38_143685_box_Incident_Summaries_101-172
Agency: Department of War
Page 160
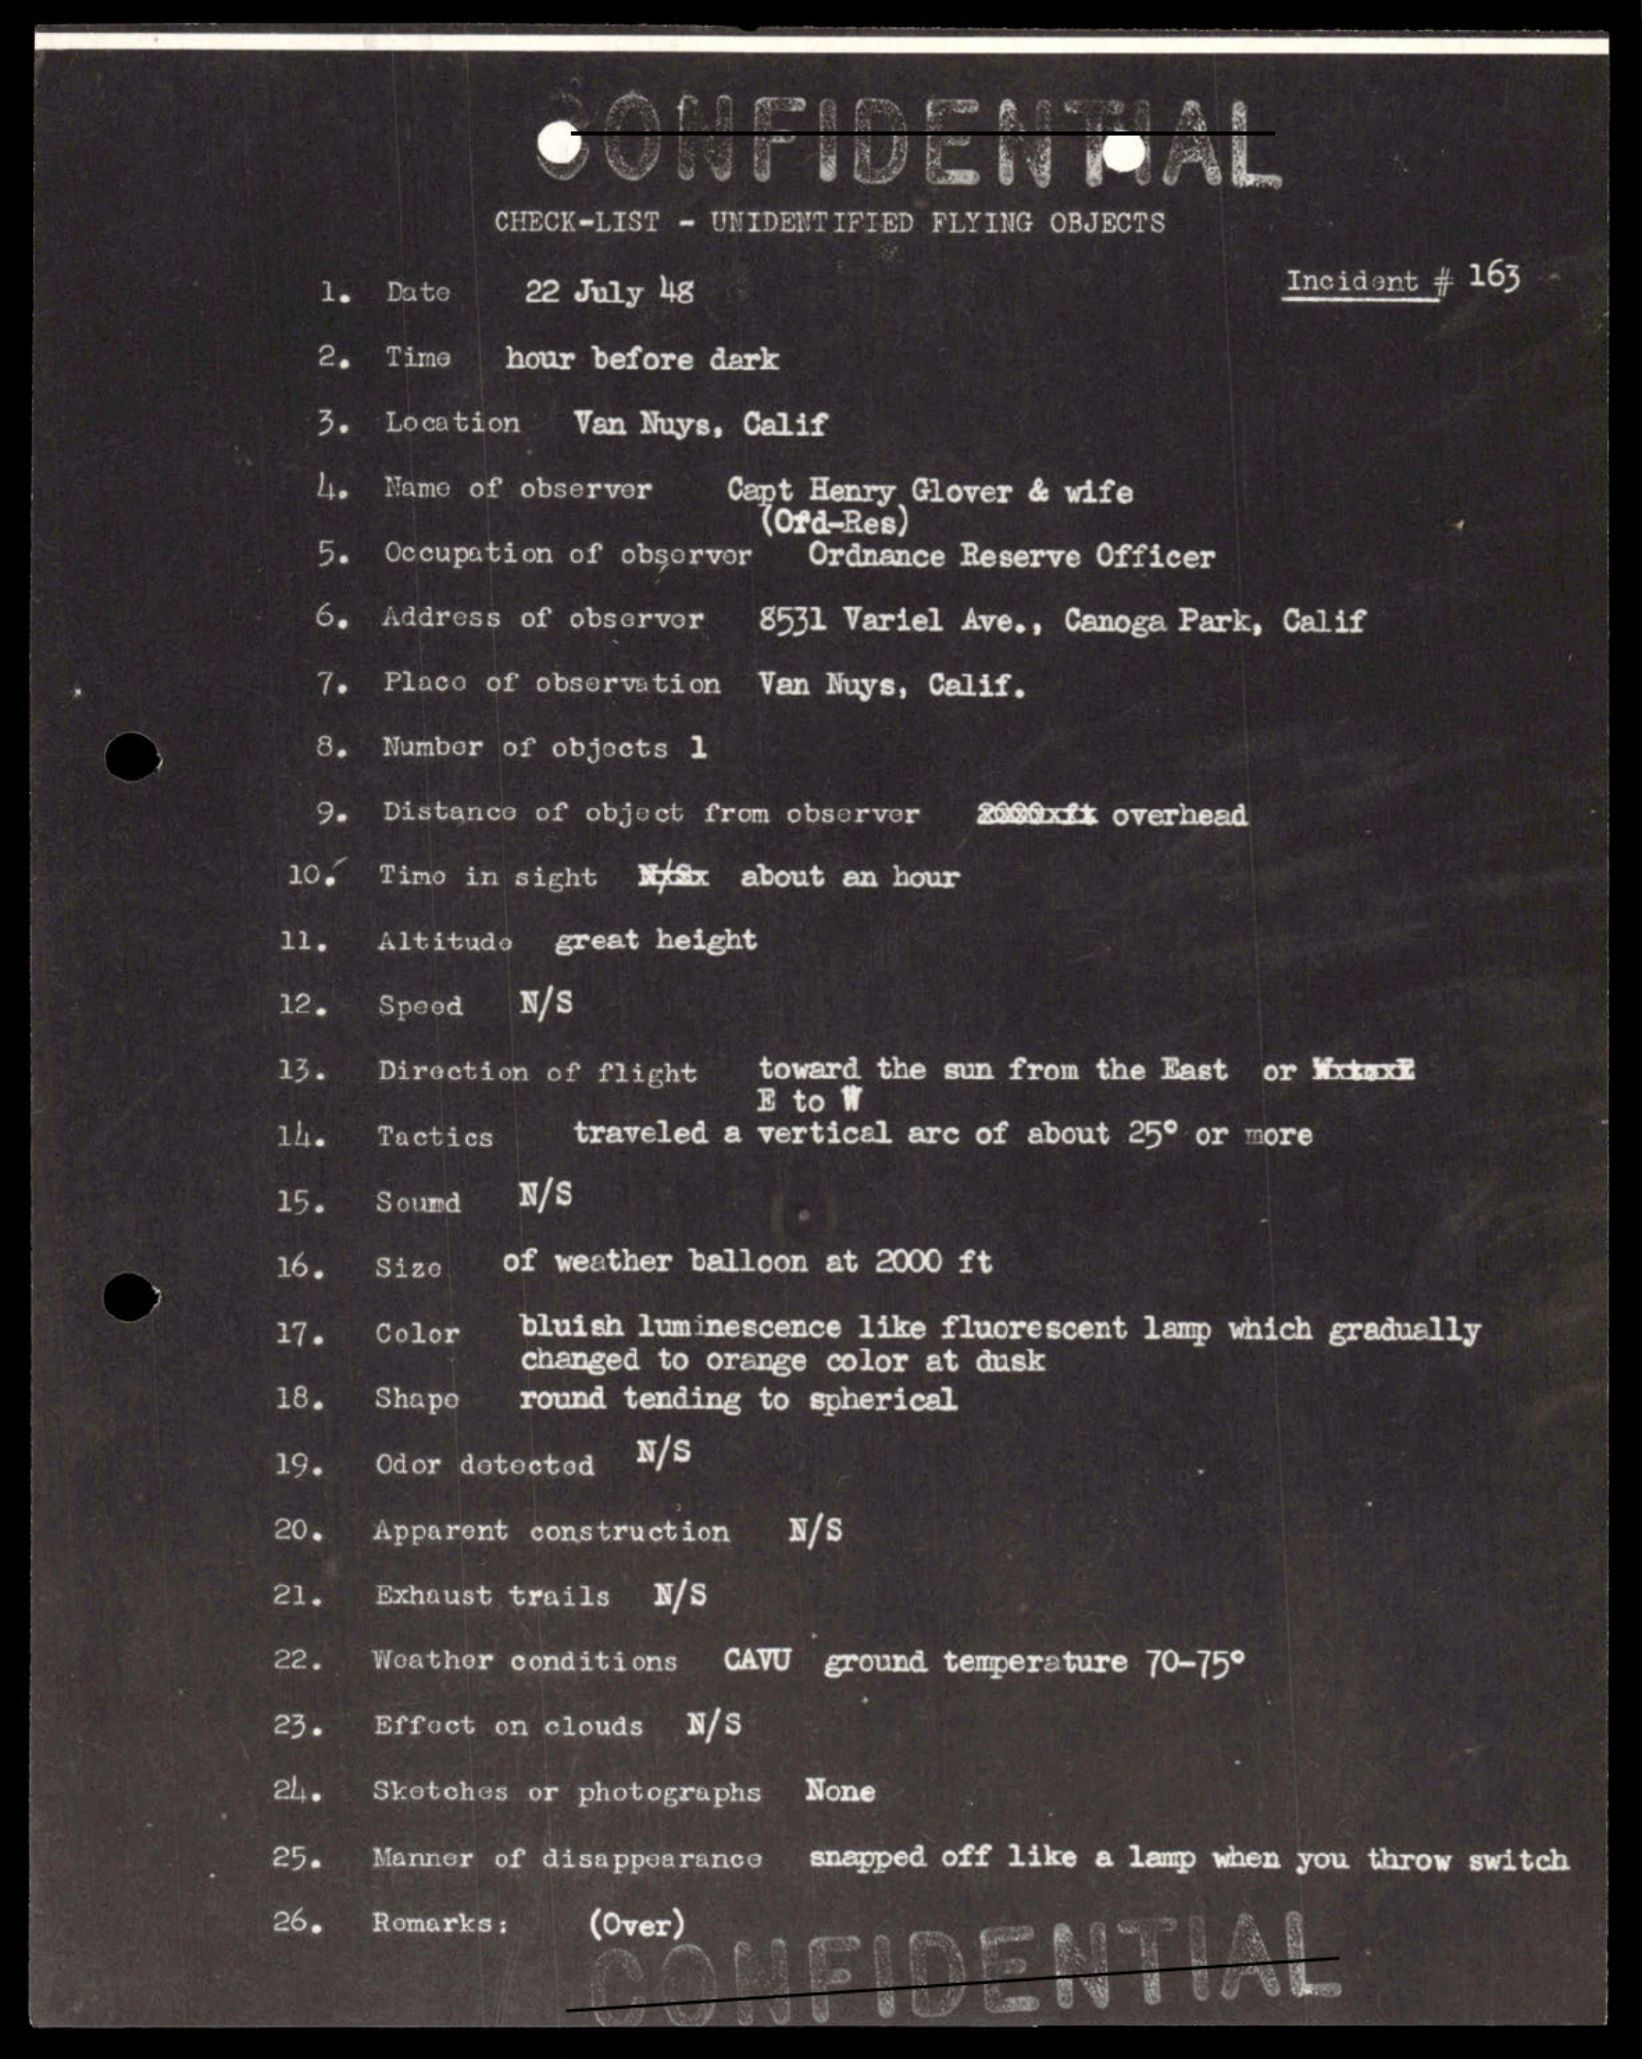